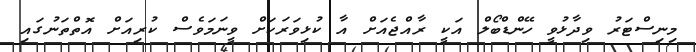
މިނިސްޓަރު ވިދާޅުވީ ހޭންޑްބޯލް އަކީ ރާއްޖެއަށް އާ ކުޅިވަރަކަށް ވީނަމަވެސް ކުރިއަށް އޮތްތަނުގައި